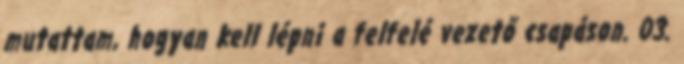
mutattam, hogyan kell lépni a felfelé vezető csapáson. 03.